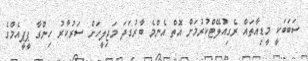
ސަބަބަކީ މީޑިއާތައް ރެގިއުލޭޓްކުރުމަށް އޮތް އެންމެ ބާރުގަދަ މަޖިލީހަށް ސަރުކާރު ހިންގާ ޕީޕީއެމްގެ